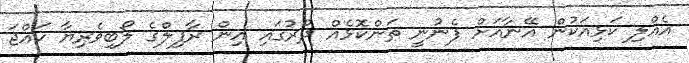
އެއްލި ކަޅިއަކުން އޭނާއަށް ފެނުނީ ތަންކޮޅެއް ދުރުގައި އިން ރާފިލްގެ ލޯބިވެރިޔާ ހައްޖަ